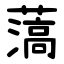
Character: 薃